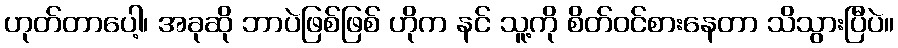
ဟုတ်တာပေါ့၊ အခုဆို ဘာပဲဖြစ်ဖြစ် ဟိုက နင် သူ့ကို စိတ်ဝင်စားနေတာ သိသွားပြီပဲ။